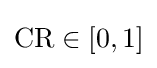
{\text{CR}}\in [0,1]